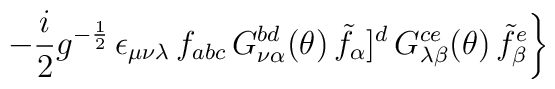
\left. -\frac{i}{2} g^{-\frac{1}{2}} \,  \epsilon_{\mu\nu\lambda}\, f_{abc}\, G_{\nu\alpha}^{bd}(\theta)\,{\tilde f}_\alpha]^d\, G_{\lambda\beta}^{ce}(\theta) \, {\tilde f}_\beta^e \right\}